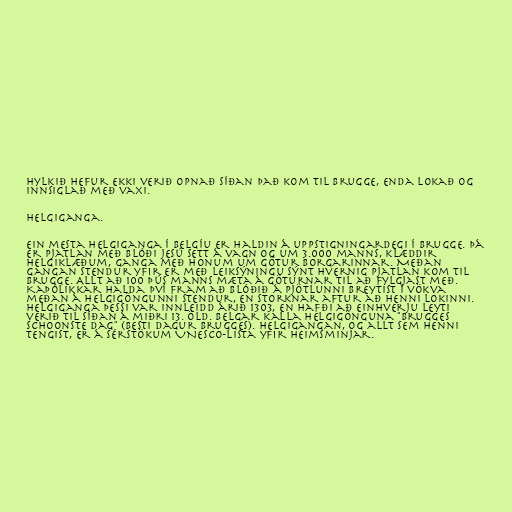
Hylkið hefur ekki verið opnað síðan það kom til Brugge, enda lokað og
innsiglað með vaxi.

Helgiganga.

Ein mesta helgiganga í Belgíu er haldin á uppstigningardegi í Brugge. Þá
er pjatlan með blóði Jesú sett á vagn og um 3.000 manns, klæddir
helgiklæðum, ganga með honum um götur borgarinnar. Meðan
gangan stendur yfir er með leiksýningu sýnt hvernig pjatlan kom til
Brugge. Allt að 100 þús manns mæta á göturnar til að fylgjast með.
Kaþólikkar halda því fram að blóðið á pjötlunni breytist í vökva
meðan á helgigöngunni stendur, en storknar aftur að henni lokinni.
Helgiganga þessi var innleidd árið 1303, en hafði að einhverju leyti
verið til síðan á miðri 13. öld. Belgar kalla helgigönguna "Brugges
schoonste dag" (besti dagur Brugges). Helgigangan, og allt sem henni
tengist, er á sérstökum UNESCO-lista yfir heimsminjar.